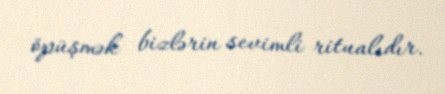
öpüşmək bizlərin sevimli ritualıdır.